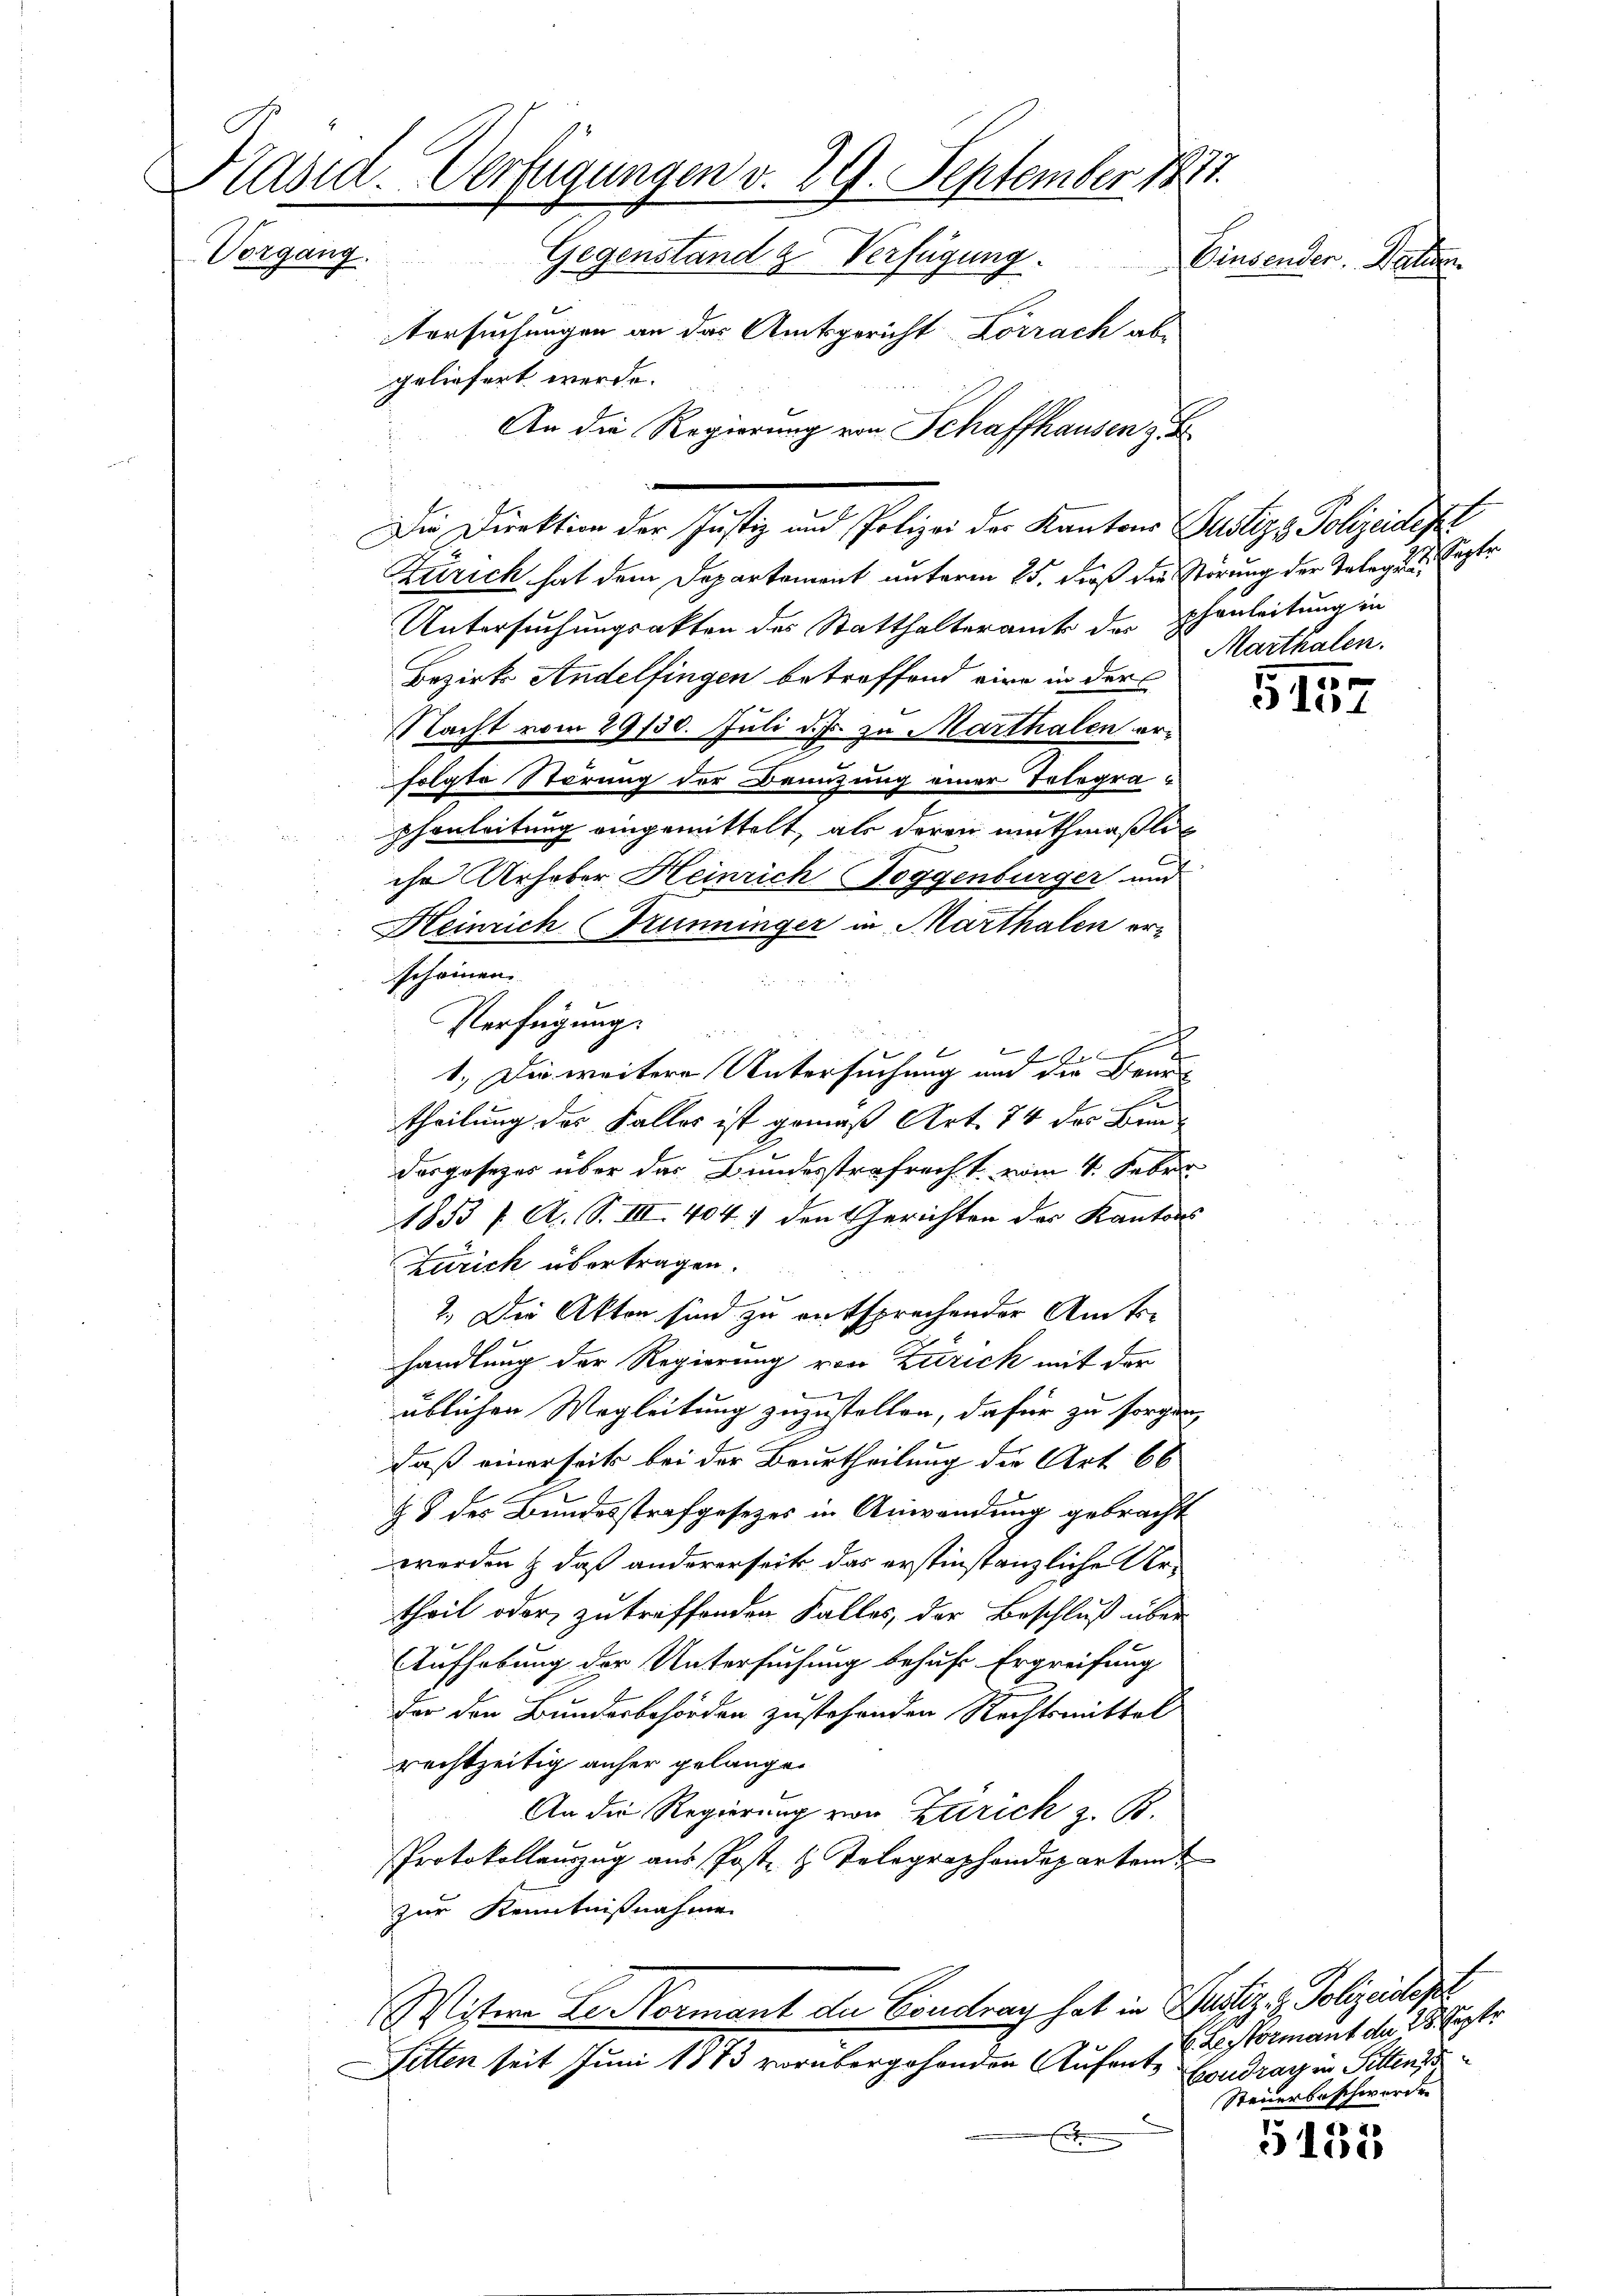
Präsid. Verfügungen v. 29. September 1873.
Vorgang. Gegenstand & Verfügung.
Einsender. Walden
tersuchungen an das Amtsgericht Lörrach ab-
geliefert werde.
An die Regierung von Schaffhausen z

Zürich hat dem Departement unterm 25. daß die Störung der Telegen
Untersuchungsakten des Statthalteramt des Schenleitung in
Bezirk Andelfingen betroffend wir in der
Nacht vom 29130. Juli d. Js. zu Marthalen erfolgte Störung der Benutzung einer Telegraphenleitung eingemittelt, als daran muthmaßlich
che Urheber Heinrich Toggenburger und
Heinrich Kuninger in Marthalen erscheinen.
Verfügung.
A

1.) Die weitere Untersuchung und die Beurt
s
theilung des Falles ist gemäß Art. 74 des Bundasgesezes über das Bundesstrafrecht vom 4. Febr.
1853 f. A. S. III. 404. 7 den Gerichten der Kantons
Zürich übertragen.
2. Die Akten sind zu entsprechender Amtshandlung der Regierung von Zurick mit den
üblichen Wegleitung zuzustellen, dafür zu sorgen,
daß einerseits bei der Beurtheilung die Art. 66
§ 8 des Bundesstrafgesetzes in Anwandung gebracht
werden & daß andererseits das erstinstanzliche Urtheil oder zu treffenden Falles, der Beschluß über
Aufhebung der Untersuchung behufe Ergreifung
der den Bundesbehörden zustehenden Rechtsmittel
rechtzeitig anher gelangen
An die Regierung von Ztirich z. B.
Protokollauszug aus Post- & Telegraphendepartem
zur Kenntnißnahme
Witwe der Vormant an Constrag hat in Justiz & Polizeidest
Fetten seit Juni 1873 vorübergehenden Aufentf

Die Direktion der Justiz und Polizei der Kantons Justiz & Polizeidept

fügter
Marthalen.

.
5101

E. Leistermant an 28. Septe
Boudrag in Pitten
Steuerbeschwerden

5135